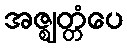
အဇ္ဈတ္တံပေ